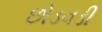
છોડવડી